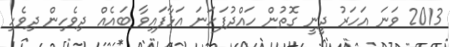
2013 ވަނަ އަހަރު ދީނީ ގޮތުން ހައްދުފަހަނަ އަޅާފައިވާ ބައެއް ދިވެހިން ދިވެހި